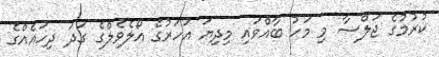
ކުރުމުގެ ޖަލްސާ މި މަހު ބާއްވައި މިދިޔަ އަހަރުގެ އޯލެވެލްގެ ގަދަ ދިހައެއްގެ